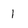
Character: 1